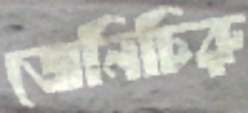
জেনিচিরু